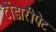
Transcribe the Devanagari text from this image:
टोंडारीपेट